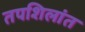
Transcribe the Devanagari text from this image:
तपशिलांत